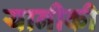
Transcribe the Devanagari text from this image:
यानीकी